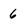
Character: 6